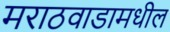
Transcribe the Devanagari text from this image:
मराठवाडामधील